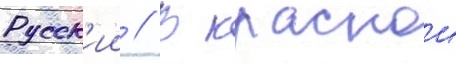
Русск'ии // В краснои